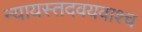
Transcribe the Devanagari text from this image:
न्यायस्तदवयवाश्च